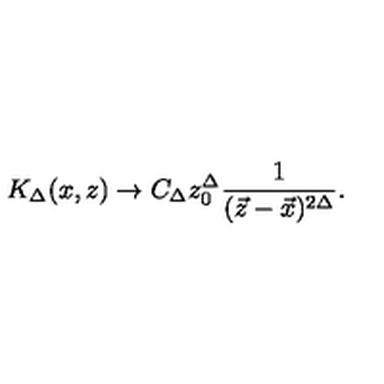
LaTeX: K _ { \Delta } ( x , z ) \rightarrow C _ { \Delta } z _ { 0 } ^ { \Delta } \frac { 1 } { ( \vec { z } - \vec { x } ) ^ { 2 \Delta } } .